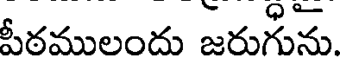
పీఠములందు జరుగును.